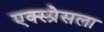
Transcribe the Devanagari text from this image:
एक्स्प्रेसला